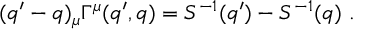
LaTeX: ( q ^ { \prime } - q ) _ { \mu } \Gamma ^ { \mu } ( q ^ { \prime } , q ) = S ^ { - 1 } ( q ^ { \prime } ) - S ^ { - 1 } ( q ) ~ .